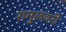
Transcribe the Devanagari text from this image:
रामुलवरी